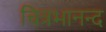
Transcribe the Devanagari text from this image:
चित्रभानन्द